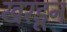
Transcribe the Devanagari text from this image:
खरडून